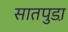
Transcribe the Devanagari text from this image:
सातपुडा़